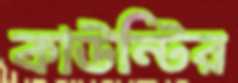
কাউন্টির